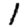
Digit: 1